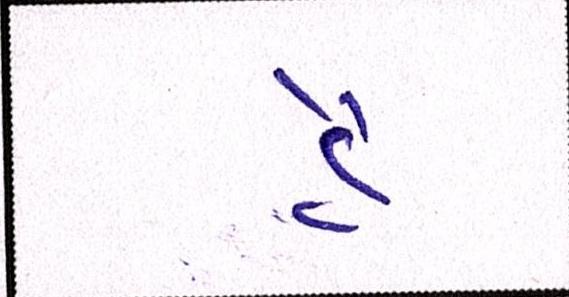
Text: હૈ